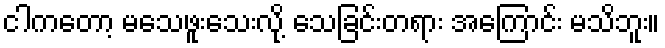
ငါကတော့ မသေဖူးသေးလို့ သေခြင်းတရား အကြောင်း မသိဘူး။